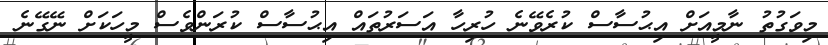
މިވަގުތު ނާމީއަށް އިޙުސާސް ކުރެވޭނެ ހުރިހާ އަސަރުތައް އިޙުސާސް ކުރަންވެސް މީހަކަށް ނޭގޭނެ